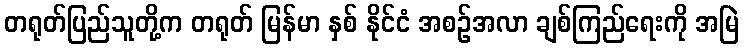
တရုတ်ပြည်သူတို့က တရုတ် မြန်မာ နှစ် နိုင်ငံ အစဉ်အလာ ချစ်ကြည်ရေးကို အမြဲ